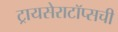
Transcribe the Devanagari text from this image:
ट्रायसेराटॉप्सची